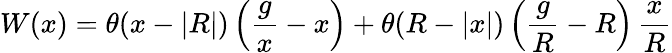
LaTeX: W(x)=\theta(x-|R|)\left({\frac{g}{x}}-x\right)+\theta(R-|x|)\left({\frac{g}{R}}-R\right)\, {\frac{x}{R}}